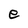
Character: e